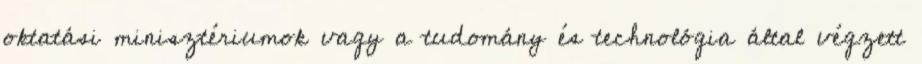
oktatási minisztériumok vagy a tudomány és technológia által végzett